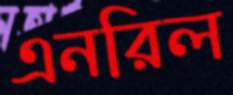
এনরিল